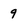
Character: 9